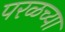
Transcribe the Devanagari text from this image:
परळच्या